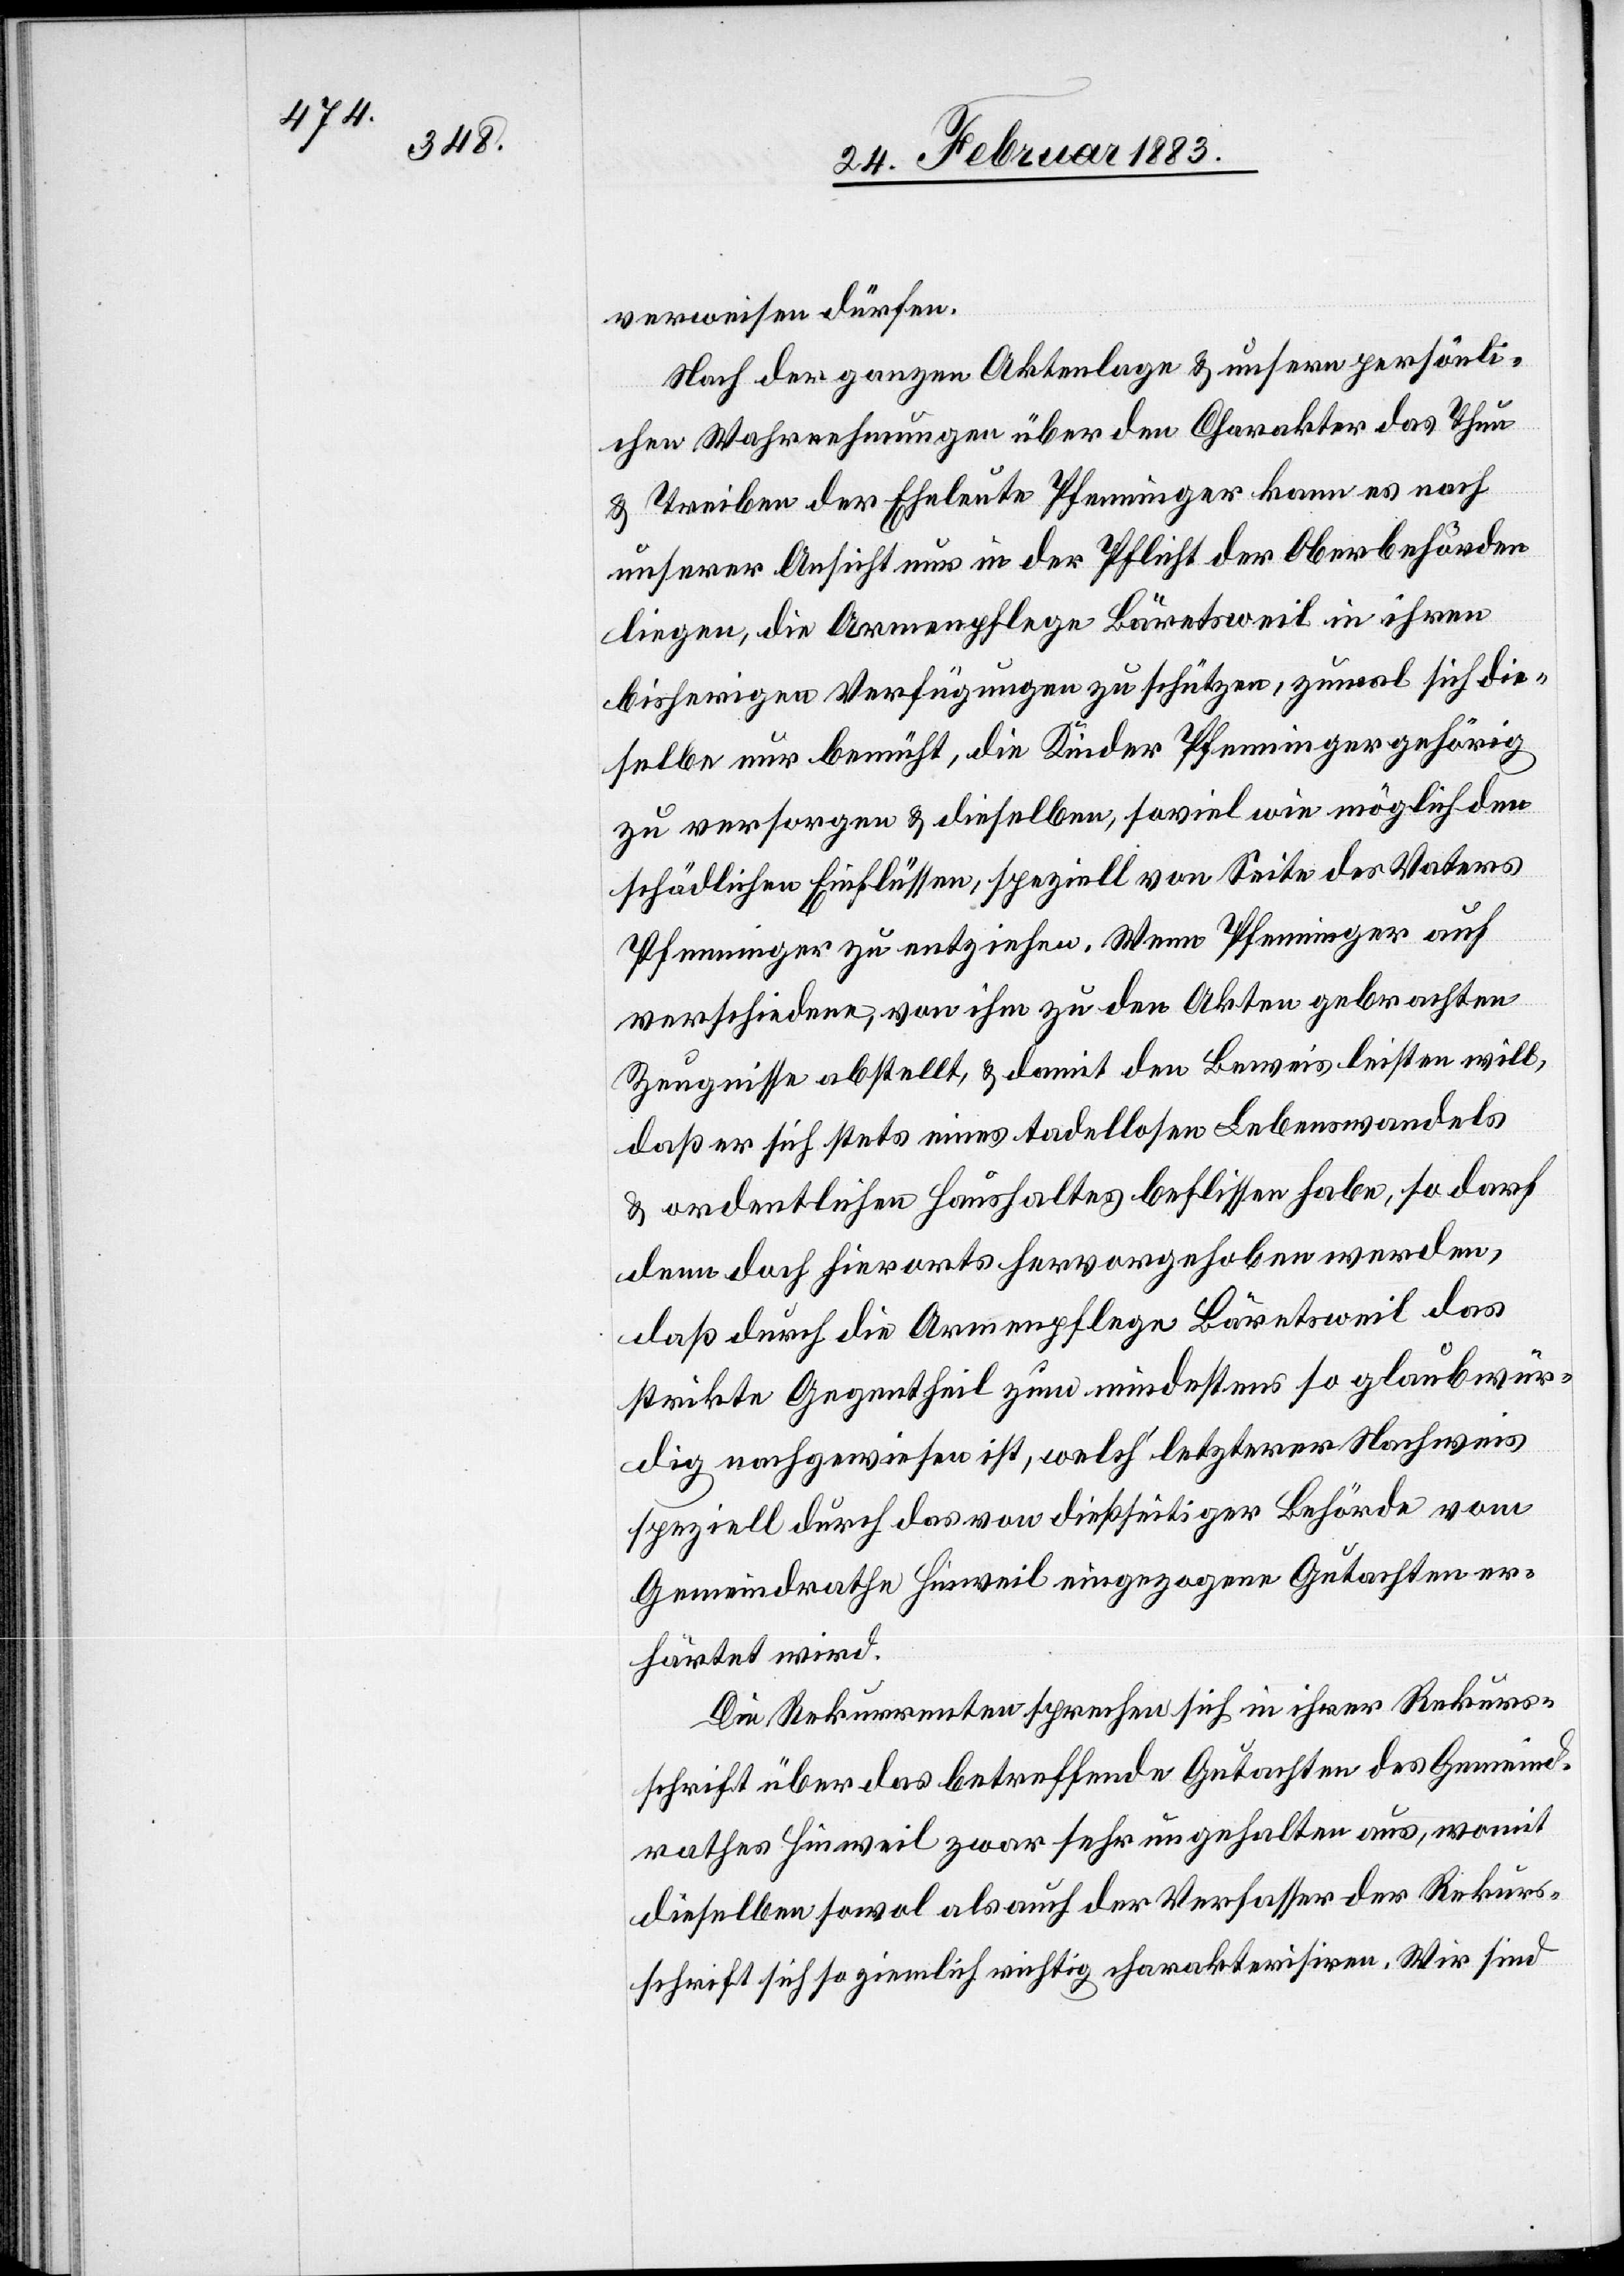
verweisen dürfen.
Nach der ganzen Aktenlage & unsern persönli¬
chen Wahrnehmungen über den Charakter das Thun
& Treiben der Eheleute Pfenninger kann es nach
unserer Ansicht nur in der Pflicht der Oberbehörden
liegen, die Armenpflege Bäretsweil in ihren
bisherigen Verfügungen zu schützen, zumal sich die¬
selbe nur bemüht, die Kinder Pfenninger gehörig
zu versorgen & dieselben, soviel wie möglich den
schädlichen Einflüssen, speziell von Seite des Vaters
Pfenninger zu entziehen. Wenn Pfenninger auf
verschiedene, von ihm zu den Akten gebrachten
Zeugnisse abstellt, & damit den Beweis leisten will,
daß er sich stets eines tadellosen Lebenswandels
& ordentlichen Haushaltes beflissen habe, so darf
denn doch hierorts hervorgehoben werden,
daß durch die Armenpflege Bäretsweil das
strikte Gegentheil zum mindestens [sic!] so glaubwür¬
dig nachgewiesen ist, welchʼ letzterer Nachweis
speziell durch das von dießseitiger Behörde vom
Gemeindrathe Hinweil eingezogene Gutachten er¬
härtet wird.
Die Rekurrenten sprechen sich in ihrer Rekurs¬
schrift über das betreffende Gutachten des Gemeind¬
rathes Hinweil zwar sehr ungehalten aus, womit
dieselben sowol als auch der Verfasser der Rekurs¬
schrift sich so ziemlich richtig charakterisiren. Wir sind